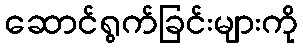
ဆောင်ရွက်ခြင်းများကို